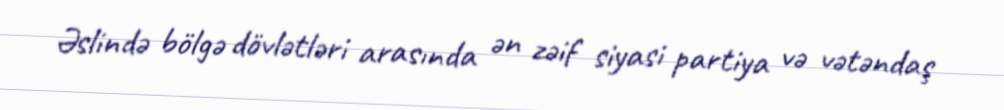
Əslində bölgə dövlətləri arasında ən zəif siyasi partiya və vətəndaş